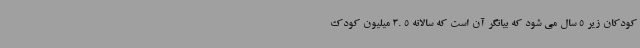
کودکان زیر 5 سال می شود که بیانگر آن است که سالانه 5 .3 میلیون کودک